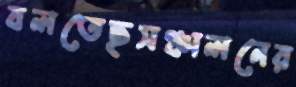
বলতেছসঞ্চালনের